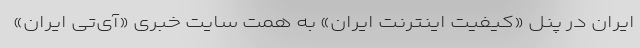
ایران در پنل «کیفیت اینترنت ایران» به همت سایت خبری «آی‌‌تی ایران»